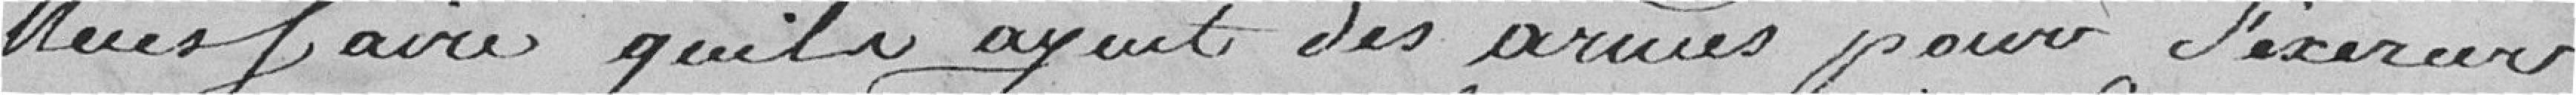
nécessaire qu'ils aient des armes pour s'exercer